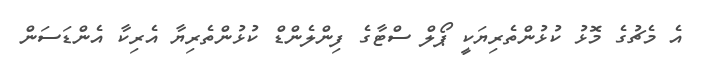
އެ މެޗުގެ މޮޅު ކުޅުންތެރިޔަކީ ޕޯލް ސްޓާގެ ފިންލެންޑް ކުޅުންތެރިޔާ އެރިކާ އެންޑަސަން